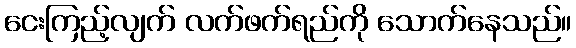
ငေးကြည့်လျက် လက်ဖက်ရည်ကို သောက်နေသည်။